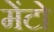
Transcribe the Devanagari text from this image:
मेंटो